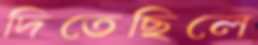
দিতেছিলে